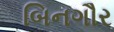
બિનગૌર